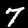
Label: 7